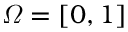
\varOmega = [ 0 , 1 ]